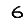
Digit: 6